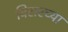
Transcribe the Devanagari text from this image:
विरारच्या